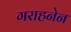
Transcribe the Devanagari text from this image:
गराहनेन